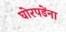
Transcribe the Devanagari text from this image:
घोरपडेंना